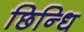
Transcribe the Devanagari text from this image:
छिन्धि